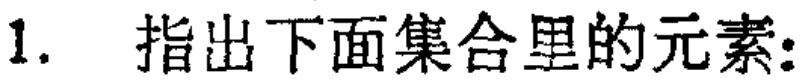
1. 指出下面集合里的元素: